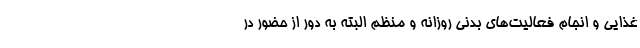
غذایی و انجام فعالیت‌های بدنی روزانه و منظم البته به دور از حضور در